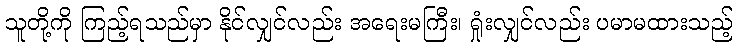
သူတို့ကို ကြည့်ရသည်မှာ နိုင်လျှင်လည်း အရေးမကြီး၊ ရှုံးလျှင်လည်း ပမာမထားသည့်